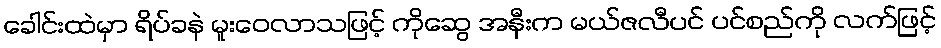
ခေါင်းထဲမှာ ရိပ်ခနဲ မူးဝေလာသဖြင့် ကိုဆွေ အနီးက မယ်ဇလီပင် ပင်စည်ကို လက်ဖြင့်